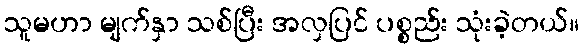
သူမဟာ မျက်နှာ သစ်ပြီး အလှပြင် ပစ္စည်း သုံးခဲ့တယ်။